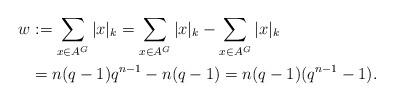
LaTeX: \begin{align*} w & := \sum_{x \in A^G_{} } \vert x \vert_k = \sum_{x \in A^G} \vert x \vert_k - \sum_{x \in A^G_{}} \vert x \vert_k \\& = n(q-1) q^{n-1} - n(q-1) = n(q-1) ( q^{n-1} - 1) . \end{align*}